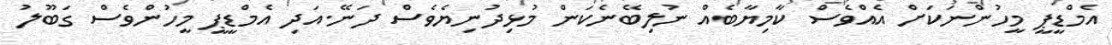
އެމްޑީޕީ މީހުންނަކަށް އެއްވެސް ކާމިޔާބެއް ނުލިބޭނެކަން މުޅިދުނިޔެވެސް ދަނޭ.އަދި އެމްޑީޕީ މީހުންވެސް ގަބޫލު